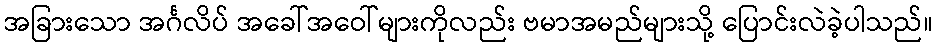
အခြားသော အင်္ဂလိပ် အခေါ်အဝေါ်များကိုလည်း ဗမာအမည်များသို့ ပြောင်းလဲခဲ့ပါသည်။